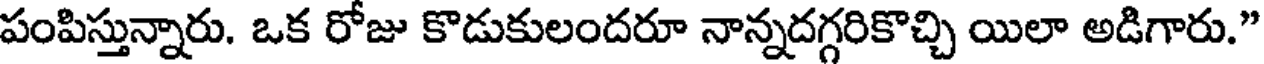
పంపిస్తున్నారు. ఒక రోజు కొడుకులందరూ నాన్నదగ్గరికొచ్చి యిలా అడిగారు."